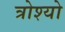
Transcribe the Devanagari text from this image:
त्रोश्यो